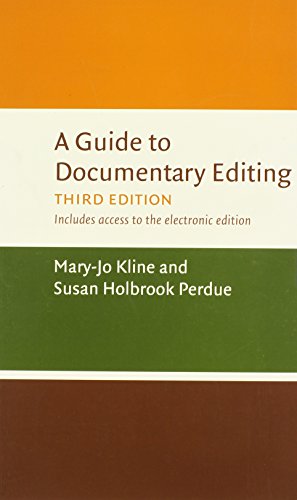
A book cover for A Guide to Documentary Editing; Mary-Jo Kline; Crafts, Hobbies & Home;